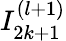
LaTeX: I_{2k+1}^{(l+1)}